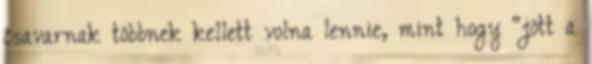
csavarnak többnek kellett volna lennie, mint hogy “jött a